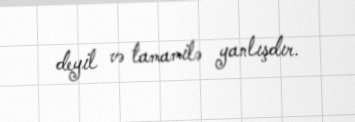
deyil və tamamilə yanlışdır.